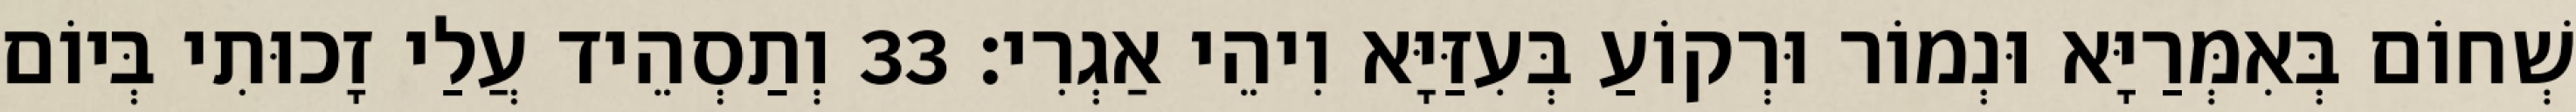
שְׁחוֹם בְּאִמְּרַיָּא וּנְמוֹר וּרְקוֹעַ בְּעִזַּיָּא וִיהֵי אַגְרִי׃ 33 וְתַסְהֵיד עֲלַי זָכוּתִי בְּיוֹם